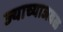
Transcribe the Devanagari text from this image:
ज्याच्याजवळ